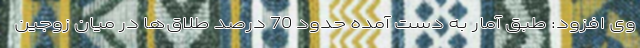
وی افزود: طبق آمار به دست آمده حدود 70 درصد طلاق‌ها در میان زوجین